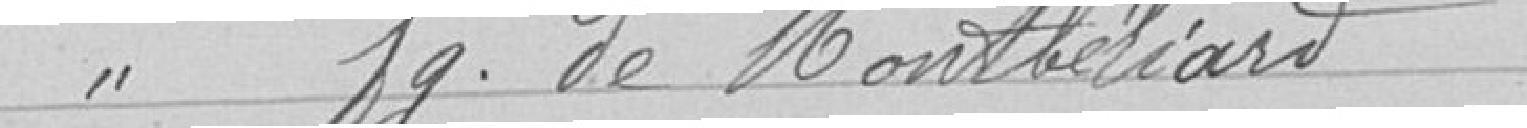
Ecole fg. de Montbéliard